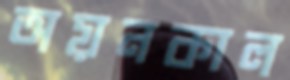
অয়নকাল